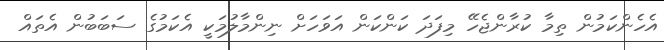
އެހެންކަމުން ތިމާ ކުރާންޖެހޭ މިފަދަ ކަންކަން އަވަހަށް ނިންމާލުމަކީ އެކަމުގެ ސަބަބުން އެތައް